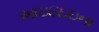
આઇઇઇઇના